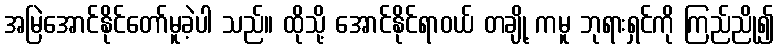
အမြဲအောင်နိုင်တော်မူခဲ့ပါ သည်။ ထိုသို့ အောင်နိုင်ရာဝယ် တချို့ ကမူ ဘုရားရှင်ကို ကြည်ညို၍